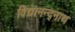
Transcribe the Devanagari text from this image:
विद्यानन्द्नाथ